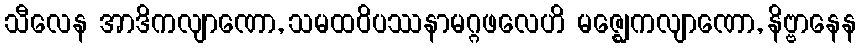
သီလေန အာဒိကလျာဏော, သမထဝိပဿနာမဂ္ဂဖလေဟိ မဇ္ဈေကလျာဏော, နိဗ္ဗာနေန